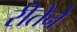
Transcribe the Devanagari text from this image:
रीतेने